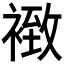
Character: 𧛢